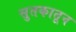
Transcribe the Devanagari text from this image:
सुतकातून